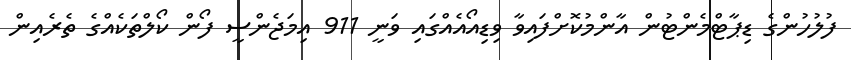
ފުލުހުންގެ ޑިޕާޓްމެންޓުން އާންމުކޮށްފައިވާ ވިޑިއޯއެއްގައި ވަނީ 911 އިމަޖެންސީ ފޯން ކޯލްތަކެއްގެ ތެރެއިން